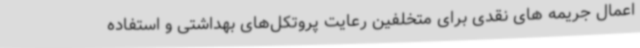
اعمال جریمه های نقدی برای متخلفین رعایت پروتکل‌های بهداشتی و استفاده